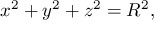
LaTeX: x ^ { 2 } + y ^ { 2 } + z ^ { 2 } = R ^ { 2 } ,